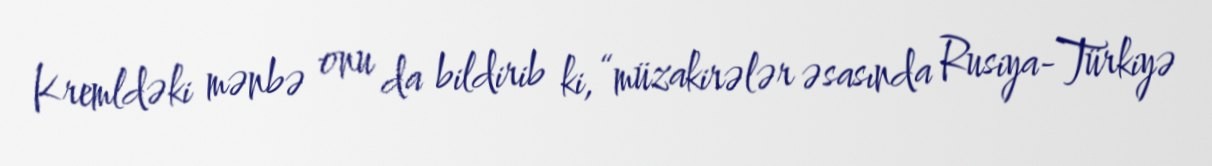
Kremldəki mənbə onu da bildirib ki, “müzakirələr əsasında Rusiya-Türkiyə